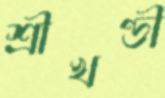
শ্রীখণ্ডী